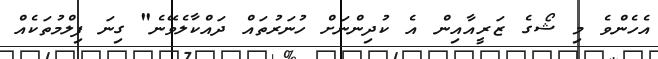
އެހެންވެ މި ޝޯގެ ޒަރީއާއިން އެ ކުދިންނަށް ހުނަރުތައް ދައްކާލެވޭނެ" ގިނަ ފިލްމުތަކެއް